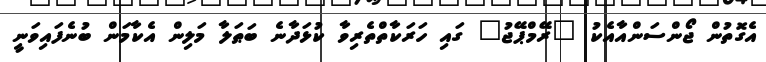
އެގޮތުން ޖޯންސަންއާއެކު "ރޭމްޕޭޖު" ގައި ހަރަކާތްތެރިވާ ކުޅަދާނެ ބަޠަލާ މަލިން އެކާމަން ބުނެފައިވަނީ